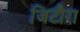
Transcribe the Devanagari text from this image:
जिटौरा